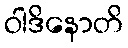
ဝါဒိနောတိ